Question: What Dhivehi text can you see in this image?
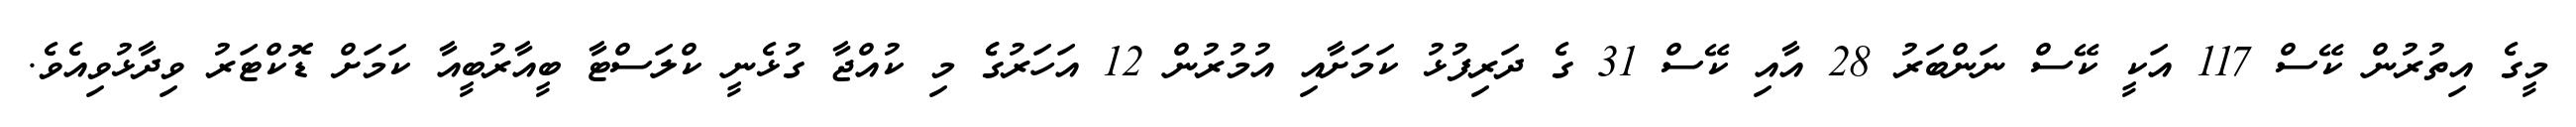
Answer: މީގެ އިތުރުން ކޭސް 117 އަކީ ކޭސް ނަންބަރު 28 އާއި ކޭސް 31 ގެ ދަރިފުޅު ކަމަށާއި އުމުރުން 12 އަހަރުގެެ މި ކުއްޖާ ގުޅެނީ ކްލަސްޓާ ބީއާރުބީއާ ކަމަށް ޑޮކްޓަރު ވިދާޅުވިއެވެ.